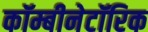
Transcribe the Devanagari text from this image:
कॉम्बीनेटॉरिक